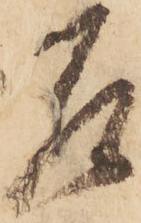
乍